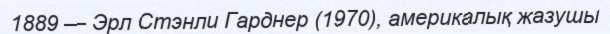
1889 — Эрл Стэнли Гарднер (1970), америкалық жазушы